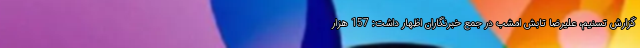
گزارش تسنیم، علیرضا تابش امشب در جمع خبرنگاران اظهار داشت: 157 هزار